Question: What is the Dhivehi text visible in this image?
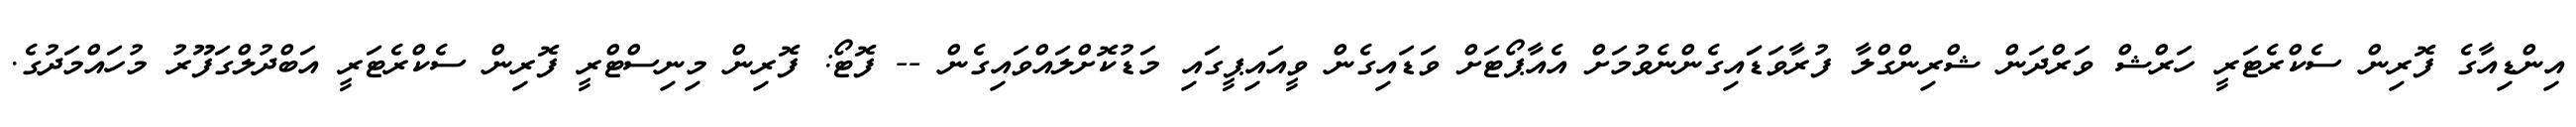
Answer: އިންޑިއާގެ ފޮރިން ސެކްރެޓަރީ ހަރްޝް ވަރްދަން ޝްރިންގްލާ ފުރާވަޑަައިގެންނެވުމަށް އެއާޕޯޓަށް ވަޑައިގެން ވީއައިޕީގައި މަޑުކޮށްލައްވައިގެން -- ފޮޓޯ: ފޮރިން މިނިސްޓްރީ ފޮރިން ސެކްރެޓަރީ އަބްދުލްގަފޫރު މުހައްމަދުގެ.